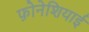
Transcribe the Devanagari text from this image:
फ़ोनेशियाई